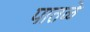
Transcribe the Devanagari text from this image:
पातळे